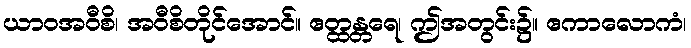
ယာဝအဝီစိ၊ အဝီစိတိုင်အောင်။ ဧတ္ထန္တရေ၊ ဤအတွင်း၌။ ဧကာလောကံ၊